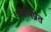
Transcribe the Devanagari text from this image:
ध्वनिप्रेत